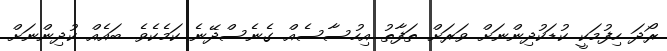
ރޯދަ ހިފުމަކީ ކުޑަކުދިންނަށް ވަރަށް ތަފާތު އިހުސާސެއް ގެނެސްދޭނެ ކަމެކެވެ. ބައެއް ކުދިންނަށް